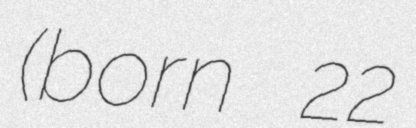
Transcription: (born 22